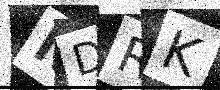
Text: NDRK